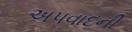
અપવાદની